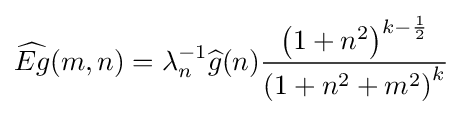
{\widehat {Eg}}(m,n)=\lambda _{n}^{-1}{\widehat {g}}(n){\frac {\left(1+n^{2}\right)^{k-{\frac {1}{2}}}}{\left(1+n^{2}+m^{2}\right)^{k}}}